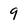
Character: 9